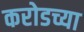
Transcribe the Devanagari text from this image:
करोडच्या